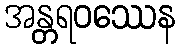
အန္တရဝဿေန